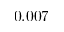
0 . 0 0 7